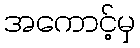
အကောင့်မှ